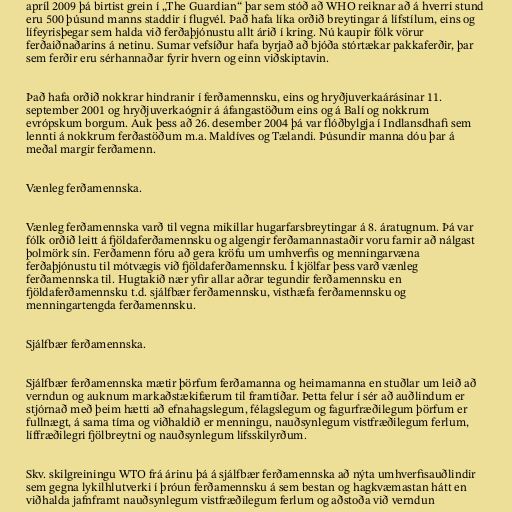
apríl 2009 þá birtist grein í „The Guardian“ þar sem stóð að WHO reiknar að á hverri stund
eru 500 þúsund manns staddir í flugvél. Það hafa líka orðið breytingar á lífstílum, eins og
lífeyrisþegar sem halda við ferðaþjónustu allt árið í kring. Nú kaupir fólk vörur
ferðaiðnaðarins á netinu. Sumar vefsíður hafa byrjað að bjóða stórtækar pakkaferðir, þar
sem ferðir eru sérhannaðar fyrir hvern og einn viðskiptavin.

Það hafa orðið nokkrar hindranir í ferðamennsku, eins og hryðjuverkaárásinar 11.
september 2001 og hryðjuverkaógnir á áfangastöðum eins og á Balí og nokkrum
evrópskum borgum. Auk þess að 26. desember 2004 þá var flóðbylgja í Indlansdhafi sem
lennti á nokkrum ferðastöðum m.a. Maldíves og Tælandi. Þúsundir manna dóu þar á
meðal margir ferðamenn.

Vænleg ferðamennska.

Vænleg ferðamennska varð til vegna mikillar hugarfarsbreytingar á 8. áratugnum. Þá var
fólk orðið leitt á fjöldaferðamennsku og algengir ferðamannastaðir voru farnir að nálgast
þolmörk sín. Ferðamenn fóru að gera kröfu um umhverfis og menningarvæna
ferðaþjónustu til mótvægis við fjöldaferðamennsku. Í kjölfar þess varð vænleg
ferðamennska til. Hugtakið nær yfir allar aðrar tegundir ferðamennsku en
fjöldaferðamennsku t.d. sjálfbær ferðamennsku, visthæfa ferðamennsku og
menningartengda ferðamennsku.

Sjálfbær ferðamennska.

Sjálfbær ferðamennska mætir þörfum ferðamanna og heimamanna en stuðlar um leið að
verndun og auknum markaðstækifærum til framtíðar. Þetta felur í sér að auðlindum er
stjórnað með þeim hætti að efnahagslegum, félagslegum og fagurfræðilegum þörfum er
fullnægt, á sama tíma og viðhaldið er menningu, nauðsynlegum vistfræðilegum ferlum,
líffræðilegri fjölbreytni og nauðsynlegum lífsskilyrðum.

Skv. skilgreiningu WTO frá árinu þá á sjálfbær ferðamennska að nýta umhverfisauðlindir
sem gegna lykilhlutverki í þróun ferðamennsku á sem bestan og hagkvæmastan hátt en
viðhalda jafnframt nauðsynlegum vistfræðilegum ferlum og aðstoða við verndun